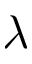
\lambda